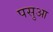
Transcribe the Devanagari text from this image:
पसुआ